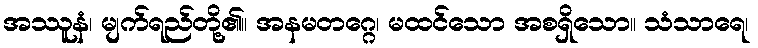
အဿူနံ၊ မျက်ရည်တို့၏။ အနမတဂ္ဂေ၊ မထင်သော အစရှိသော။ သံသာရေ၊